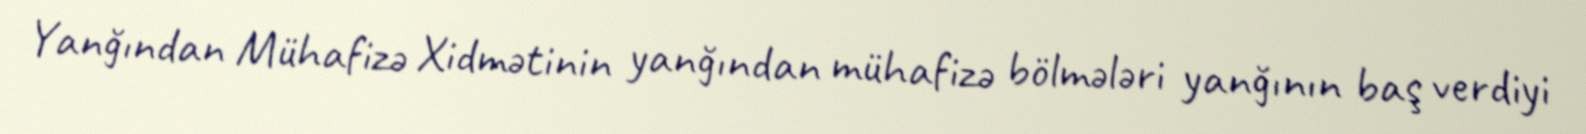
Yanğından Mühafizə Xidmətinin yanğından mühafizə bölmələri yanğının baş verdiyi